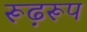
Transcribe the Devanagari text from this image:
रूढ़रूप